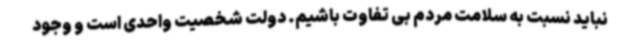
نباید نسبت به سلامت مردم بی تفاوت باشیم. دولت شخصیت واحدی است و وجود